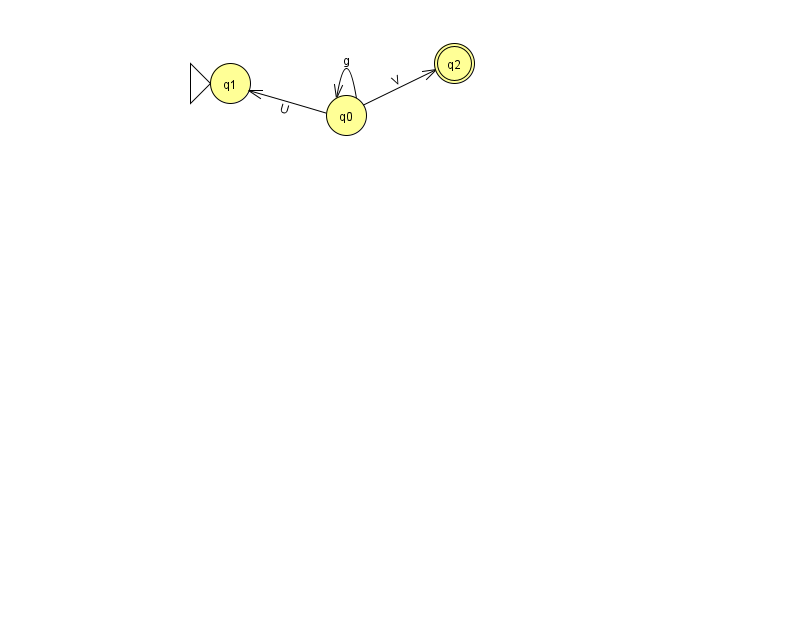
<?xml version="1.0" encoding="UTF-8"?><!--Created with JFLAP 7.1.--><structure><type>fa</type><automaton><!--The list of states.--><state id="0" name="q0"><x>346.0</x><y>102.0</y></state><state id="1" name="q1"><x>230.0</x><y>70.0</y><initial/></state><state id="2" name="q2"><x>454.0</x><y>50.0</y><final/></state><!--The list of transitions.--><transition><from>0</from><to>0</to><read>g</read></transition><transition><from>0</from><to>1</to><read>U</read></transition><transition><from>0</from><to>2</to><read>V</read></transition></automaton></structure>